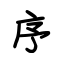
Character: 序